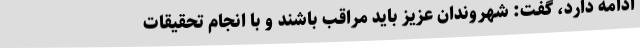
ادامه دارد، گفت: شهروندان عزیز باید مراقب باشند و با انجام تحقیقات